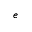
^ { e }